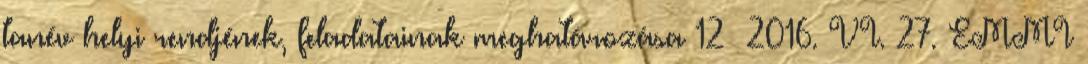
tanév helyi rendjének, feladatainak meghatározása 12 2016. VI. 27. EMMI